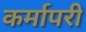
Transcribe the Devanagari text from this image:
कर्मापरी